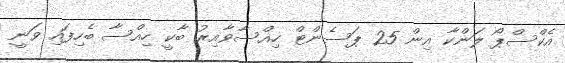
އެކްސްޕޯ ލަންކާ އިން 25 ޕަސެންޓް ހިއްސާވާއިރު ބާކީ ހިއްސާ ބެހިފައި ވަނީ